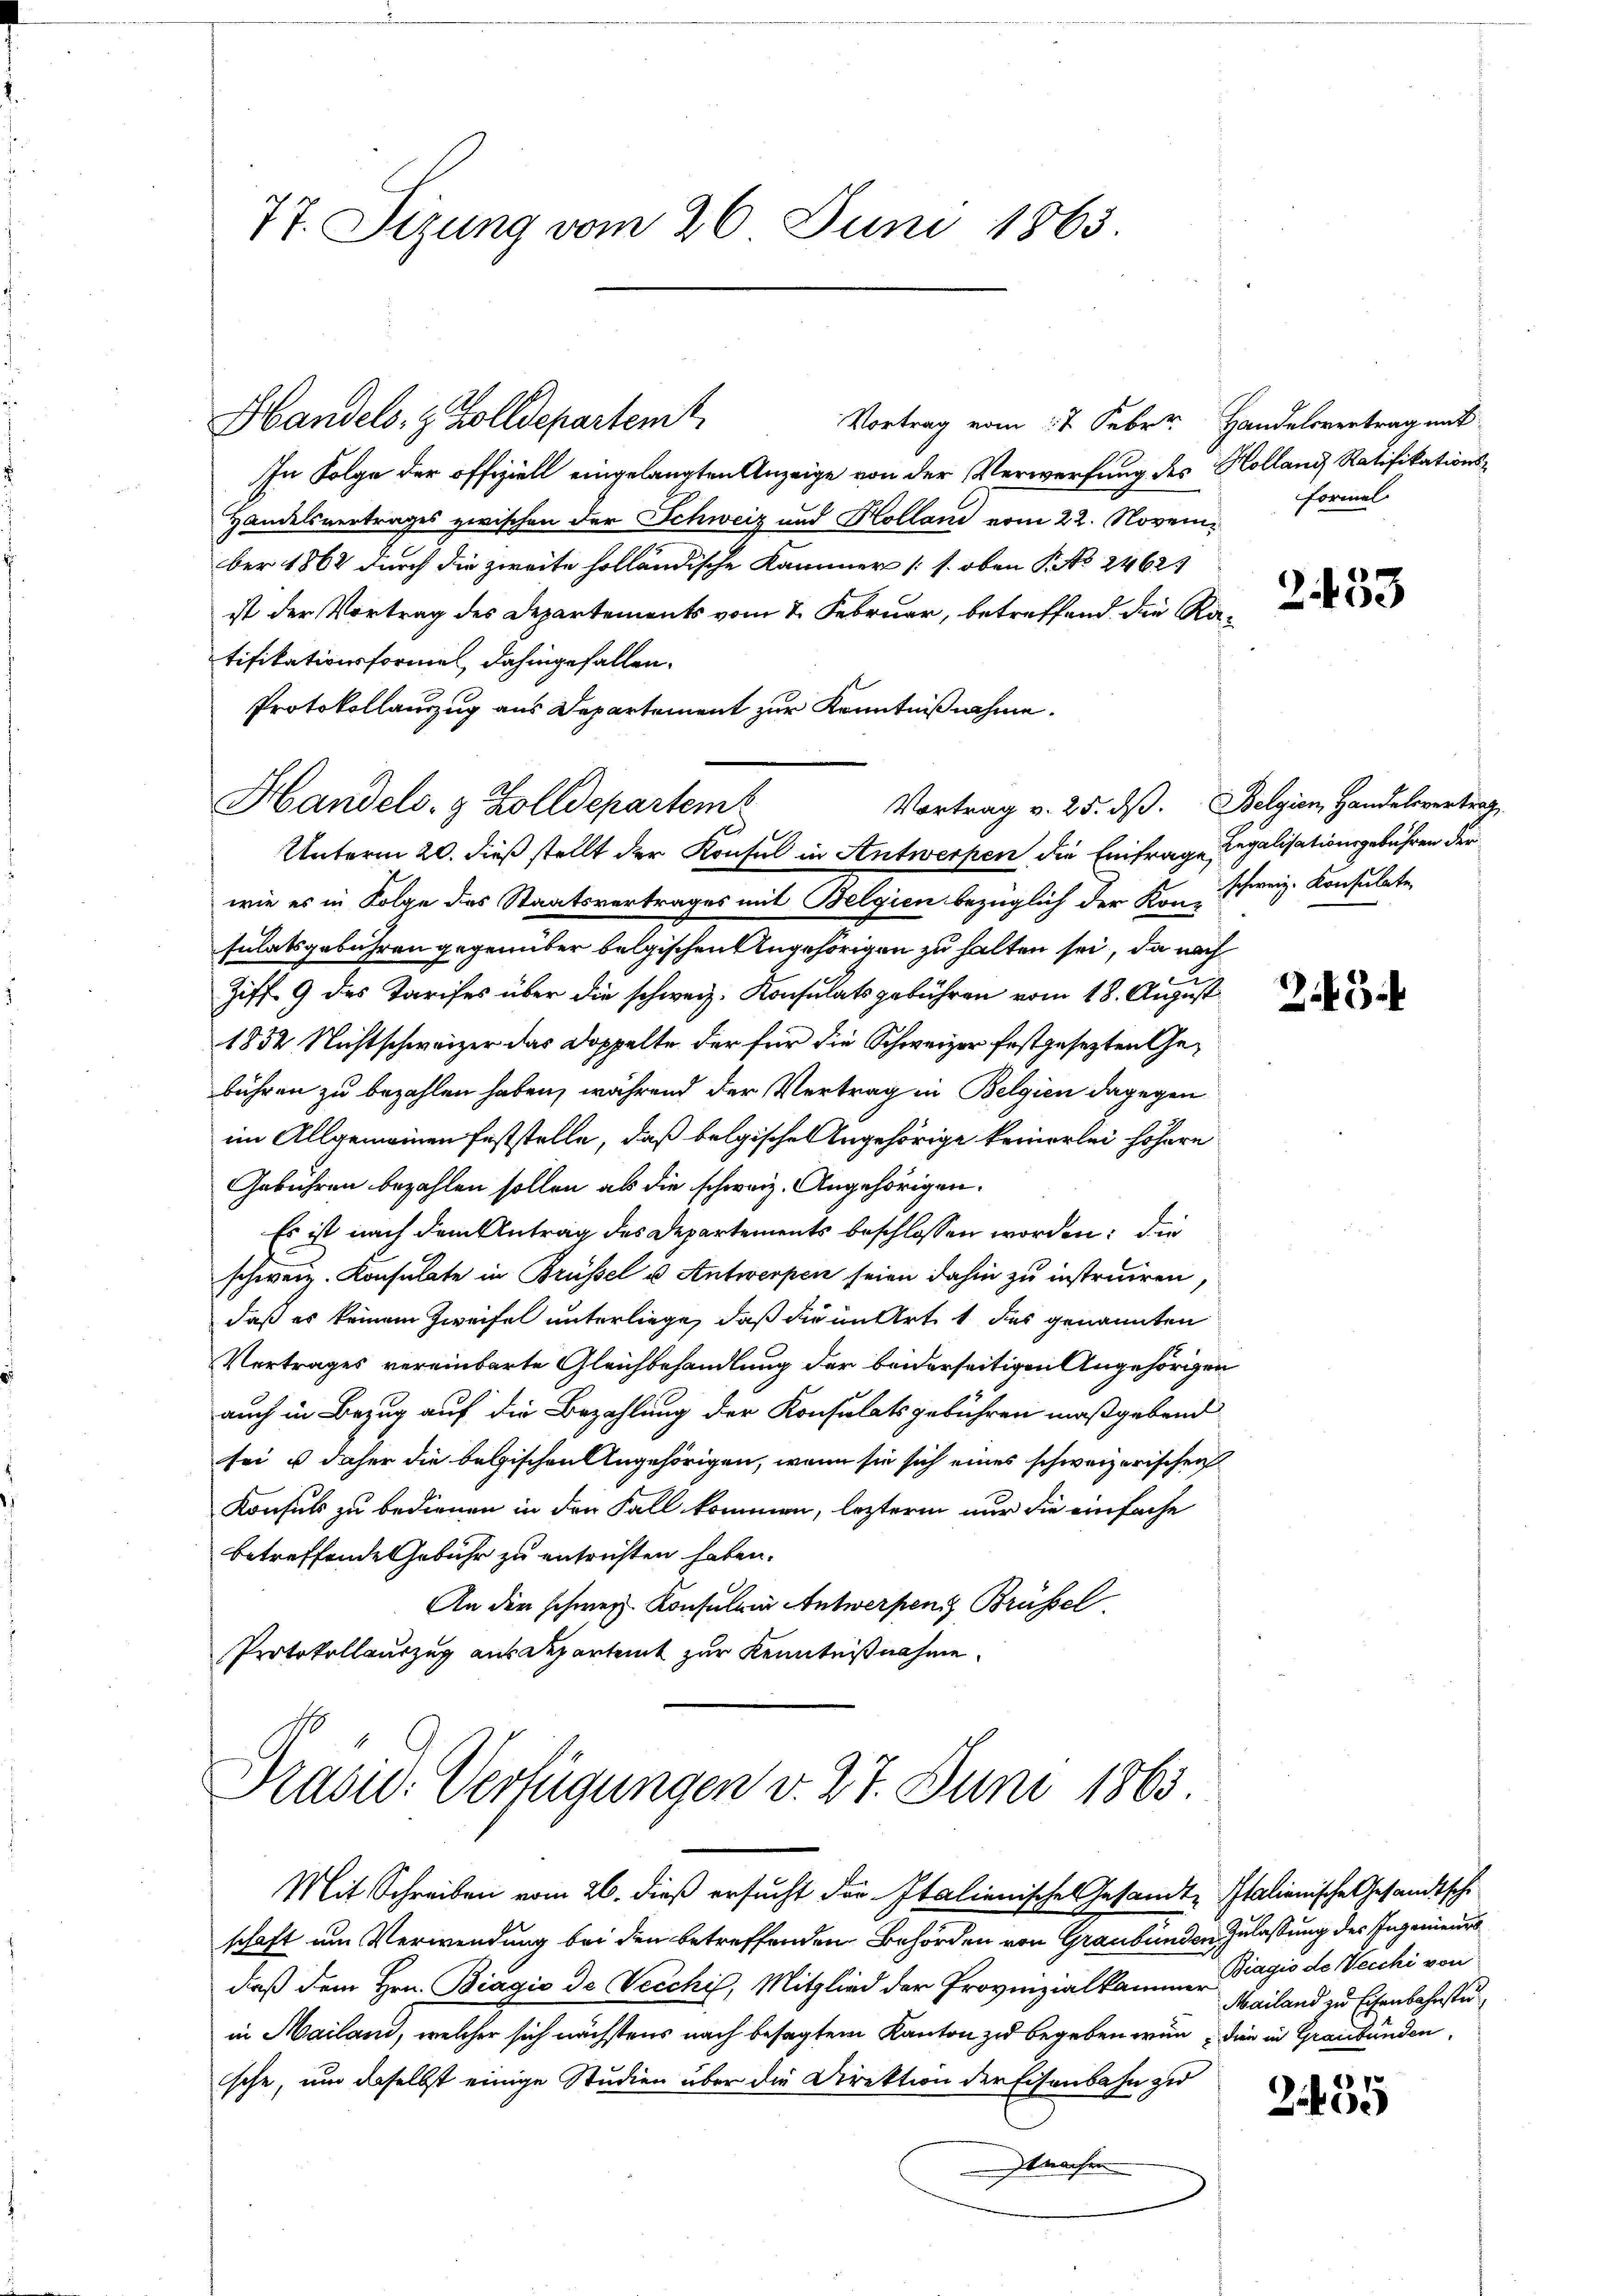
77. Sizung vom 26. Juni 1863.

Handels, z. Zolldepartemt
Vortrag vom 17 Febr. Handelsvertrag mit
In Folge der offiziell eingelangten Anzeige von der Verwerfung des Holland Ratifikations¬
Handelsvertrages zwischen der Schweiz und Holland vom 22. November 1862 durch die zweite holländische Kammer (s. oben P. No 2462
ist der Vortrag des Departements vom 2. Februar, betreffend die Ratifikationsformel, dahingefallen.
Protokollauszug aus Departement zur Kenntnißnahme.
Handels- & Zolldepartem
Unterm 20. dieß stellt der Konsul in Antwerpen die Einfrage Regalisationsgebühren der
wie es in Folge des Staatsvertrages mit Belgien bezüglich der Kon-Schweiz. Konsulate
sulatsgebühren gegenüber belgischen Angehörigen zu halten sei, da nach
Ziff. 9 des Tarifes über die schweiz. Konsulatsgebühren vom 18. August
1852 Nichtschweizer das Doppelte der für die Schweizer festgesezten Gebühren zu bezahlen haben, während der Vertrag in Belgien dagegen
im Allgemeinen Feststelle, daß belgische Angehörige keinerlei höhere
Gebühren bezahlen sollen als die schweiz. Angehörigen.
Es ist nach dem Antrag des Departements beschlossen worden: die
schweiz. Konsulate in Brüssel u Antwerpen seien dahin zu instruiren,
daß es keinem Zweifel unterliege, daß die in Art. 1 des genannten
Vertrages vereinbarte Gleichbehandlung der beiderseitigen Angehörigen
auch in Bezug auf die Bezahlung der Konsulatsgebühren maßgebend
sei u daher die belgischen Angehörigen, wenn sie sich eines schweizerischen
Konsuls zu bedienen in den Fall kommen, leztere nur die einfache
betreffende Gebühr zu entrichten haben.
An der schweiz. Konsul in Antwerpen Brüssel
Protokollauszug aus Departamt zur Kenntnißnahme.

Vortrag v. 25. dß. Belgien, Handelsvertrag

Drasw. Verfügungen v. 27. Juni 1863.

Mit Schreiben vom 26. dieß ersucht der Italienisches Gesandte Italienische Gesandtschischaft um Verwendung bei den betreffenden Behörden von Graubünden Zulassung des Ingenieurs
daß dem Hrn. Biagio de Vecchi, Mitglied der Provinzialkammer Mailand zu Eisenbahnstu
in Mailand, welcher sich nächstens nach besagtem Kanton zu begeben war, die in Graubünden
sche, um daselbst einige Studien über die Direktion der Eisenbahn zu
machen

Formel

2453

2

Biagio de Vecchi von

17
2400